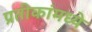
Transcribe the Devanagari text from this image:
प्रतीकांमध्ये